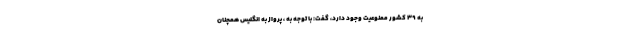
به ۳۹ کشور ممنوعیت وجود دارد، گفت: با توجه به ، پرواز به انگلیس همچنان